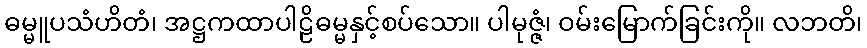
ဓမ္မူပသံဟိတံ၊ အဋ္ဌကထာပါဠိဓမ္မနှင့်စပ်သော။ ပါမုဇ္ဇံ၊ ဝမ်းမြောက်ခြင်းကို။ လဘတိ၊